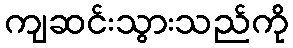
ကျဆင်းသွားသည်ကို